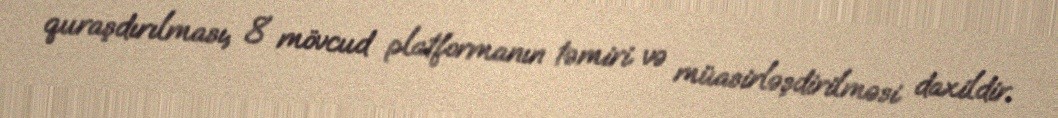
quraşdırılması, 8 mövcud platformanın təmiri və müasirləşdirilməsi daxildir.